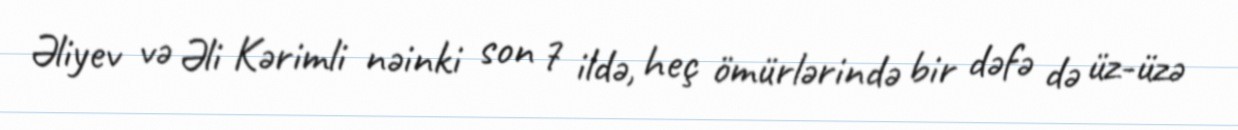
Əliyev və Əli Kərimli nəinki son 7 ildə, heç ömürlərində bir dəfə də üz-üzə